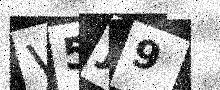
Text: V5J9